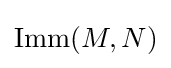
\operatorname {Imm} (M,N)